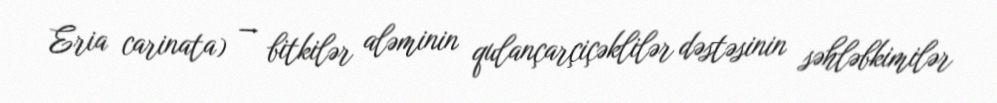
Eria carinata) — bitkilər aləminin qulançarçiçəklilər dəstəsinin səhləbkimilər